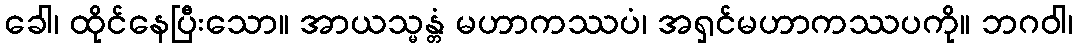
ခေါ၊ ထိုင်နေပြီးသော။ အာယသ္မန္တံ မဟာကဿပံ၊ အရှင်မဟာကဿပကို။ ဘဂဝါ၊